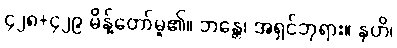
၄၂၈+၄၂၉ မိန့်တော်မူ၏။ ဘန္တေ၊ အရှင်ဘုရား။ နဟိ၊